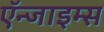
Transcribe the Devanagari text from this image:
ऍन्जाइम्स